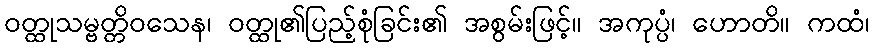
ဝတ္ထုသမ္ဗတ္တိဝသေန၊ ဝတ္ထု၏ပြည့်စုံခြင်း၏ အစွမ်းဖြင့်။ အကုပ္ပံ၊ ဟောတိ။ ကထံ၊